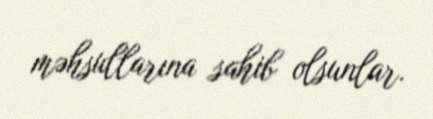
məhsullarına sahib olsunlar.